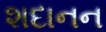
શદાનન